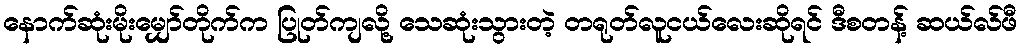
နောက်ဆုံးမိုးမျှော်တိုက်က ပြုတ်ကျလို့ သေဆုံးသွားတဲ့ တရုတ်လူငယ်လေးဆိုရင် ဒီစတန့် ဆယ်လ်ဖီ